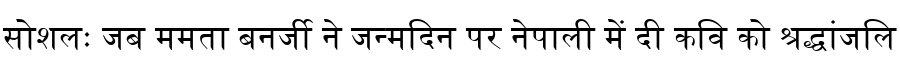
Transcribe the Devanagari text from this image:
सोशलः जब ममता बनर्जी ने जन्मदिन पर नेपाली में दी कवि को श्रद्धांजलि